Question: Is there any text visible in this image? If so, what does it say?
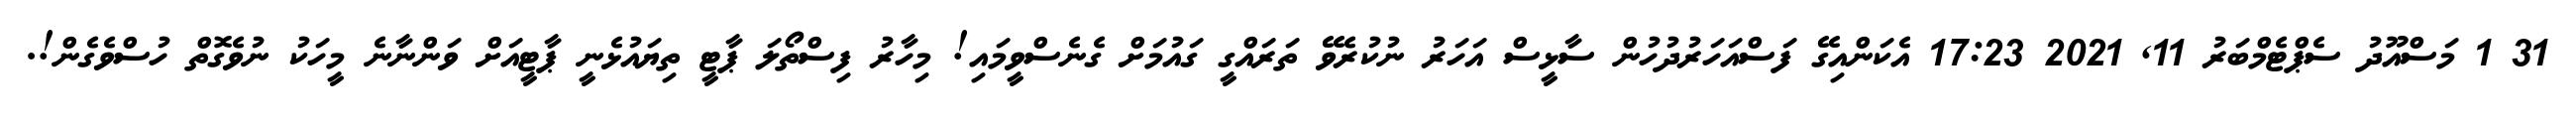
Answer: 31 1 މަސްއޫދު ސެޕްޓެމްބަރު 11, 2021 17:23 އެކަންއިގޭ ފަސްއަހަރުދުހުން ސާޅީސް އަހަރު ނުކުރެވޭ ތަރައްގީ ގައުމަށް ގެނެސްވީމައި! މިހާރު ފިސްތޯލަ ޕާޓީ ތިޔައުޅެނީ ޕާޓީއަށް ވަންނާނެ މީހަކު ނުވެގޮތް ހުސްވެގެން!.